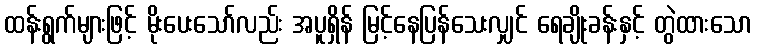
ထန်းရွက်များဖြင့် မိုးပေးသော်လည်း အပူရှိန် မြင့်နေပြန်သေးလျှင် ရေချိုးခန်းနှင့် တွဲထားသော